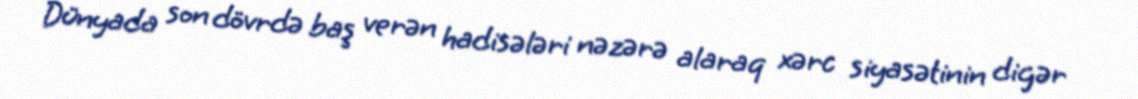
Dünyada son dövrdə baş verən hadisələri nəzərə alaraq xərc siyasətinin digər